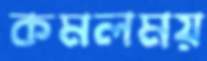
কমলময়